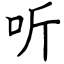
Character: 听